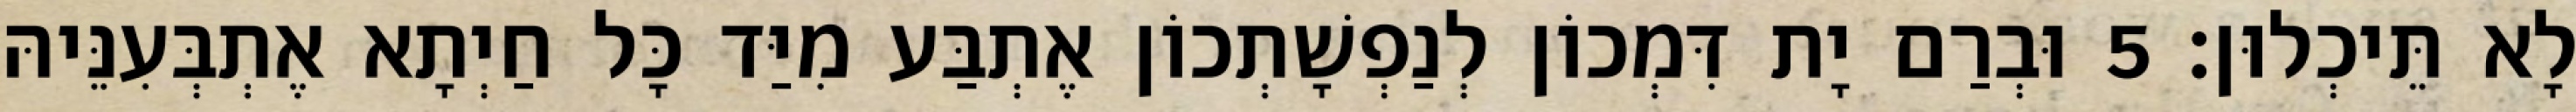
לָא תֵּיכְלוּן׃ 5 וּבְרַם יָת דִּמְכוֹן לְנַפְשָׁתְכוֹן אֶתְבַּע מִיַּד כָּל חַיְתָא אֶתְבְּעִנֵּיהּ